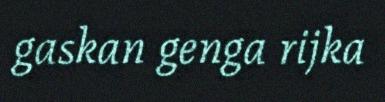
gaskan genga rijka